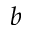
b